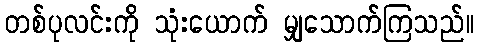
တစ်ပုလင်းကို သုံးယောက် မျှသောက်ကြသည်။